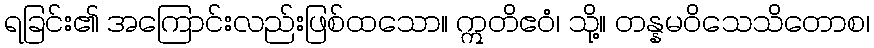
ရခြင်း၏ အကြောင်းလည်းဖြစ်ထသော။ ဣတိဧဝံ၊ သို့။ တန္နမဝိသေသိတောစ၊